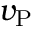
v _ { \mathrm { P } }